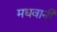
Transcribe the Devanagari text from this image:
मधवानी